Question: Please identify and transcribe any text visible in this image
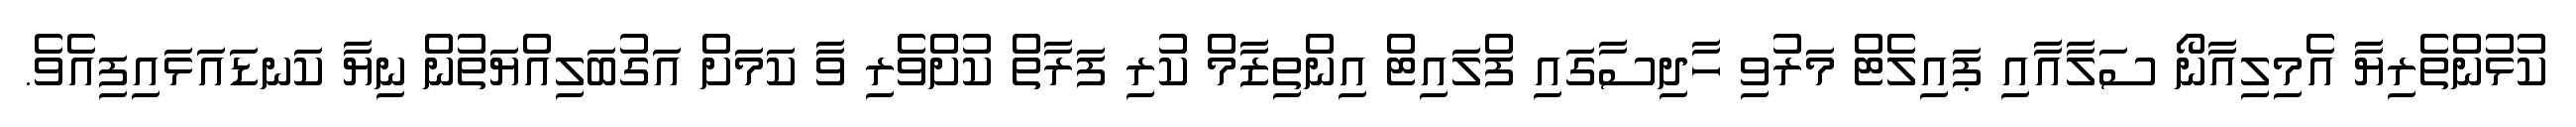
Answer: ކުޅުންތެރިޔާ އެމިލިއާނޯ ސަލާއާއި ޕައިލެޓް މަރުވި ހާދިސާގައި ފްލައިޓް އިންތިޒާމް ކުރި ފަރާތް ކުށްވެރި ވާ ކަމަށް އަގުބަލިއްޔަތުން ނިޔާ ކަނޑައަޅައިފިއެވެ.